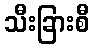
သီးခြားစီ